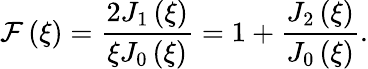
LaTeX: \mathcal{F}\left(\xi\right)=\frac{2J_{1}\left(\xi\right)}{\xi J_{0}\left(\xi\right)}=1+\frac{J_{2}\left(\xi\right)}{J_{0}\left(\xi\right)}.